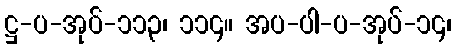
ဋ္ဌ-ပ-အုပ်-၁၁၃၊ ၁၁၄။ အပ-ပါ-ပ-အုပ်-၁၄၊